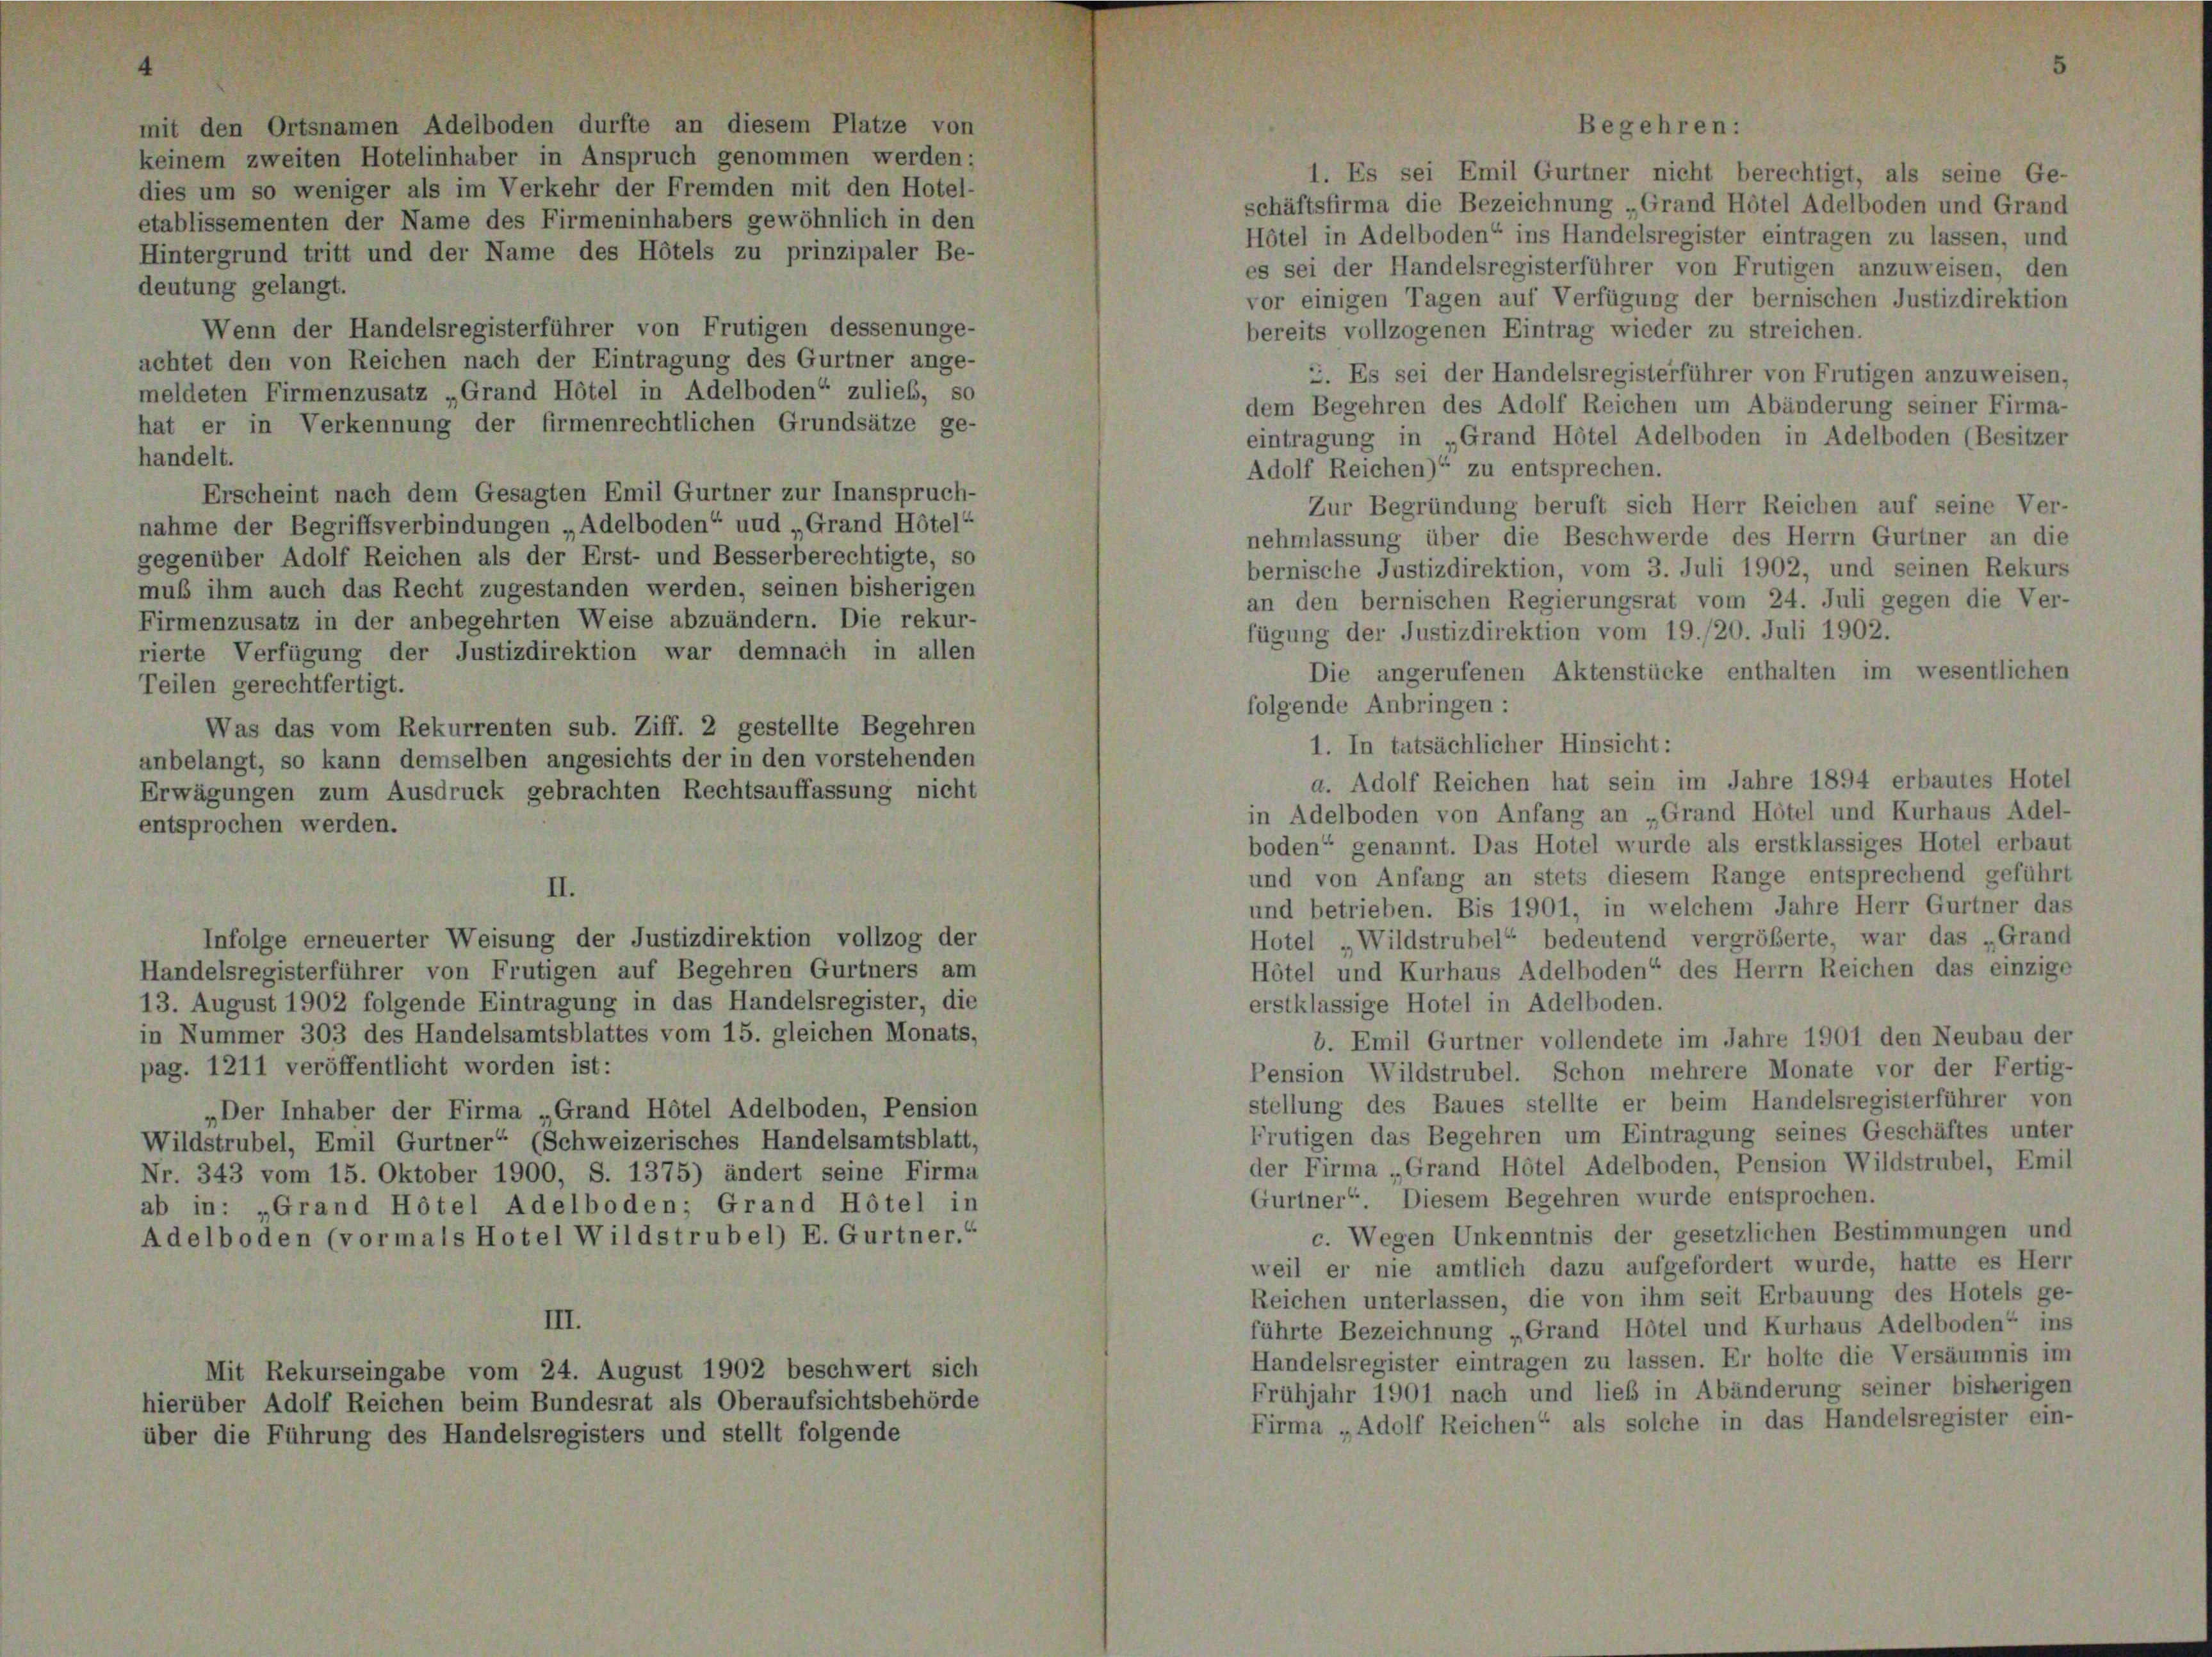
Erscheint nach dem Gesagten Emil Gurtner zur Ina-
nahme der Begriffsverbindungen „Adelboden“ und „Gran
gegenüber Adolf Reichen als der Erst- und Besserberecht
nub ihm auch das Recht zugestanden werden, seinen bis
Firmenzusatz in der anbegehrten Weise abzuändern. Di
rierte Verfügung der Justizdirektion war demnach
Teilen gerechtfertigt.

otelinhaber in Anspruch s
er als im Verkehr der Fren
r Name des Firmeninhabers
und der Name des Hôtels

ien nach der Eintragung des Gurtner ange-
z „Grand Hotel in Adelboden“ zulieb, so
ng der firmenrechtlichen Grundsätze ge-

Rekurrenten sub. Ziff. 2 gestellte Bes
demselben angesichts der in den vorstel
usdruck gebrachten Rechtsauffassung

Handelsregisterführer von Frutigen auf Begehren Gurtners am
13. August 1902 folgende Eintragung in das Handelsregister, die
in Nummer 303 des Handelsamtsblattes vom 15. gleichen Monats,
pag. 1211 veröffentlicht worden ist:
„Der Inhaber der Firma „Grand Hôtel Adelboden, Pension
Wildstrubel, Emil Gurtner“ (Schweizerisches Handelsamtsblatt
Nr. 343 vom 15. Oktober 1900, S. 1375) ändert seine Firma
ab in: „Grand Hôtel Adelboden; Grand Hotel in
Adelboden (vormals Hotel Wildstrubel) E. Gurtner.“

elsregisterführer von Frutigen dessenunge-

len mit

1. Es sei Emil Gurtner nicht berechtigt, als seine Ge-
schäftsfirma die Bezeichnung „Grand Hotel Adelboden und Grand
Hôtel in Adelboden“ ins Handelsregister eintragen zu lassen, und
es sei der Handelsregisterführer von Frutigen anzuweisen, den
vor einigen Tagen auf Verfügung der bernischen Justizdirektion
bereits vollzogenen Eintrag wieder zu streichen.
c. Es sei der Handelsregisterführer von Frutigen anzuweisen,
dem Begehren des Adolf Reichen um Abänderung seiner Firma-
eintragung in „Grand Hôtel Adelboden in Adelboden (Besitzer
Adolf Reichen)“ zu entsprechen.
Zur Begründung beruft sich Herr Reichen auf seine Ver-
nehmlassung über die Beschwerde des Herrn Gurtner an die
bernische Justizdirektion, vom 3. Juli 1902, und seinen Rekurs
an den bernischen Regierungsrat vom 24. Juli gegen die Ver-
fügung der Justizdirektion vom 19./20. Juli 1902.
Die angerufenen Aktenstücke enthalten im wesentlichen

a. Adolf Reichen hat sein im Jahre 1894 erbautes Hotel
in Adelboden von Anfang an „Grand Hotel und Kurhaus Adel-
boden“ genannt. Das Hotel wurde als erstklassiges Hotel erbaut
und von Anfang an stets diesem Range entsprechend geführt
und betrieben. Bis 1901, in welchem Jahre Herr Gurtner das
Hotel „Wildstrubel“ bedeutend vergrößerte, war das „Grand
Hôtel und Kurhaus Adelboden“ des Herrn Reichen das einzige
erstklassige Hotel in Adelboden.
b. Emil Gurtner vollendete im Jahre 1901 den Neubau der
Pension Wildstrubel. Schon mehrere Monate vor der Fertig-
stellung des Baues stellte er beim Handelsregisterführer von
Frutigen das Begehren um Eintragung seines Geschäftes unter
der Firma „Grand Hotel Adelboden, Pension Wildstrubel, Emil
Gurtner“. Diesem Begehren wurde entsprochen.
c. Wegen Unkenntnis der gesetzlichen Bestimmungen und
weil er nie amtlich dazu aufgefordert wurde, hatte es Herr
Reichen unterlassen, die von ihm seit Erbauung des Hotels ge-
führte Bezeichnung „Grand Hotel und Kurhaus Adelboden“ ins
Handelsregister eintragen zu lassen. Er holte die Versäumnis im
Frühjahr 1901 nach und lieb in Abänderung seiner bisherigen
Firma „Adolf Reichen“ als solche in das Handelsregister ein-